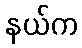
နယ်က